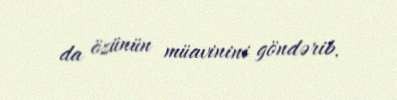
da özünün müavinini göndərib.